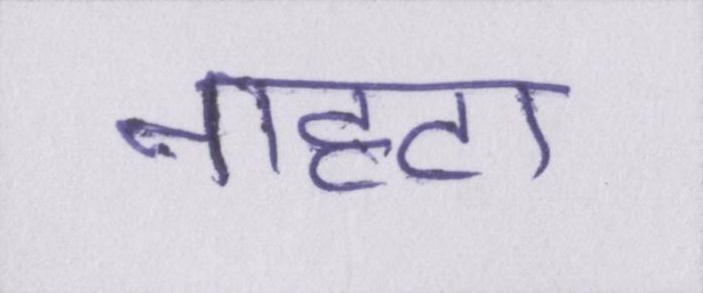
नाहटा